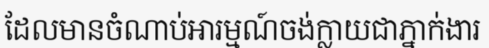
ដែលមានចំណាប់អារម្មណ៍ចង់ក្លាយជាភ្នាក់ងារ